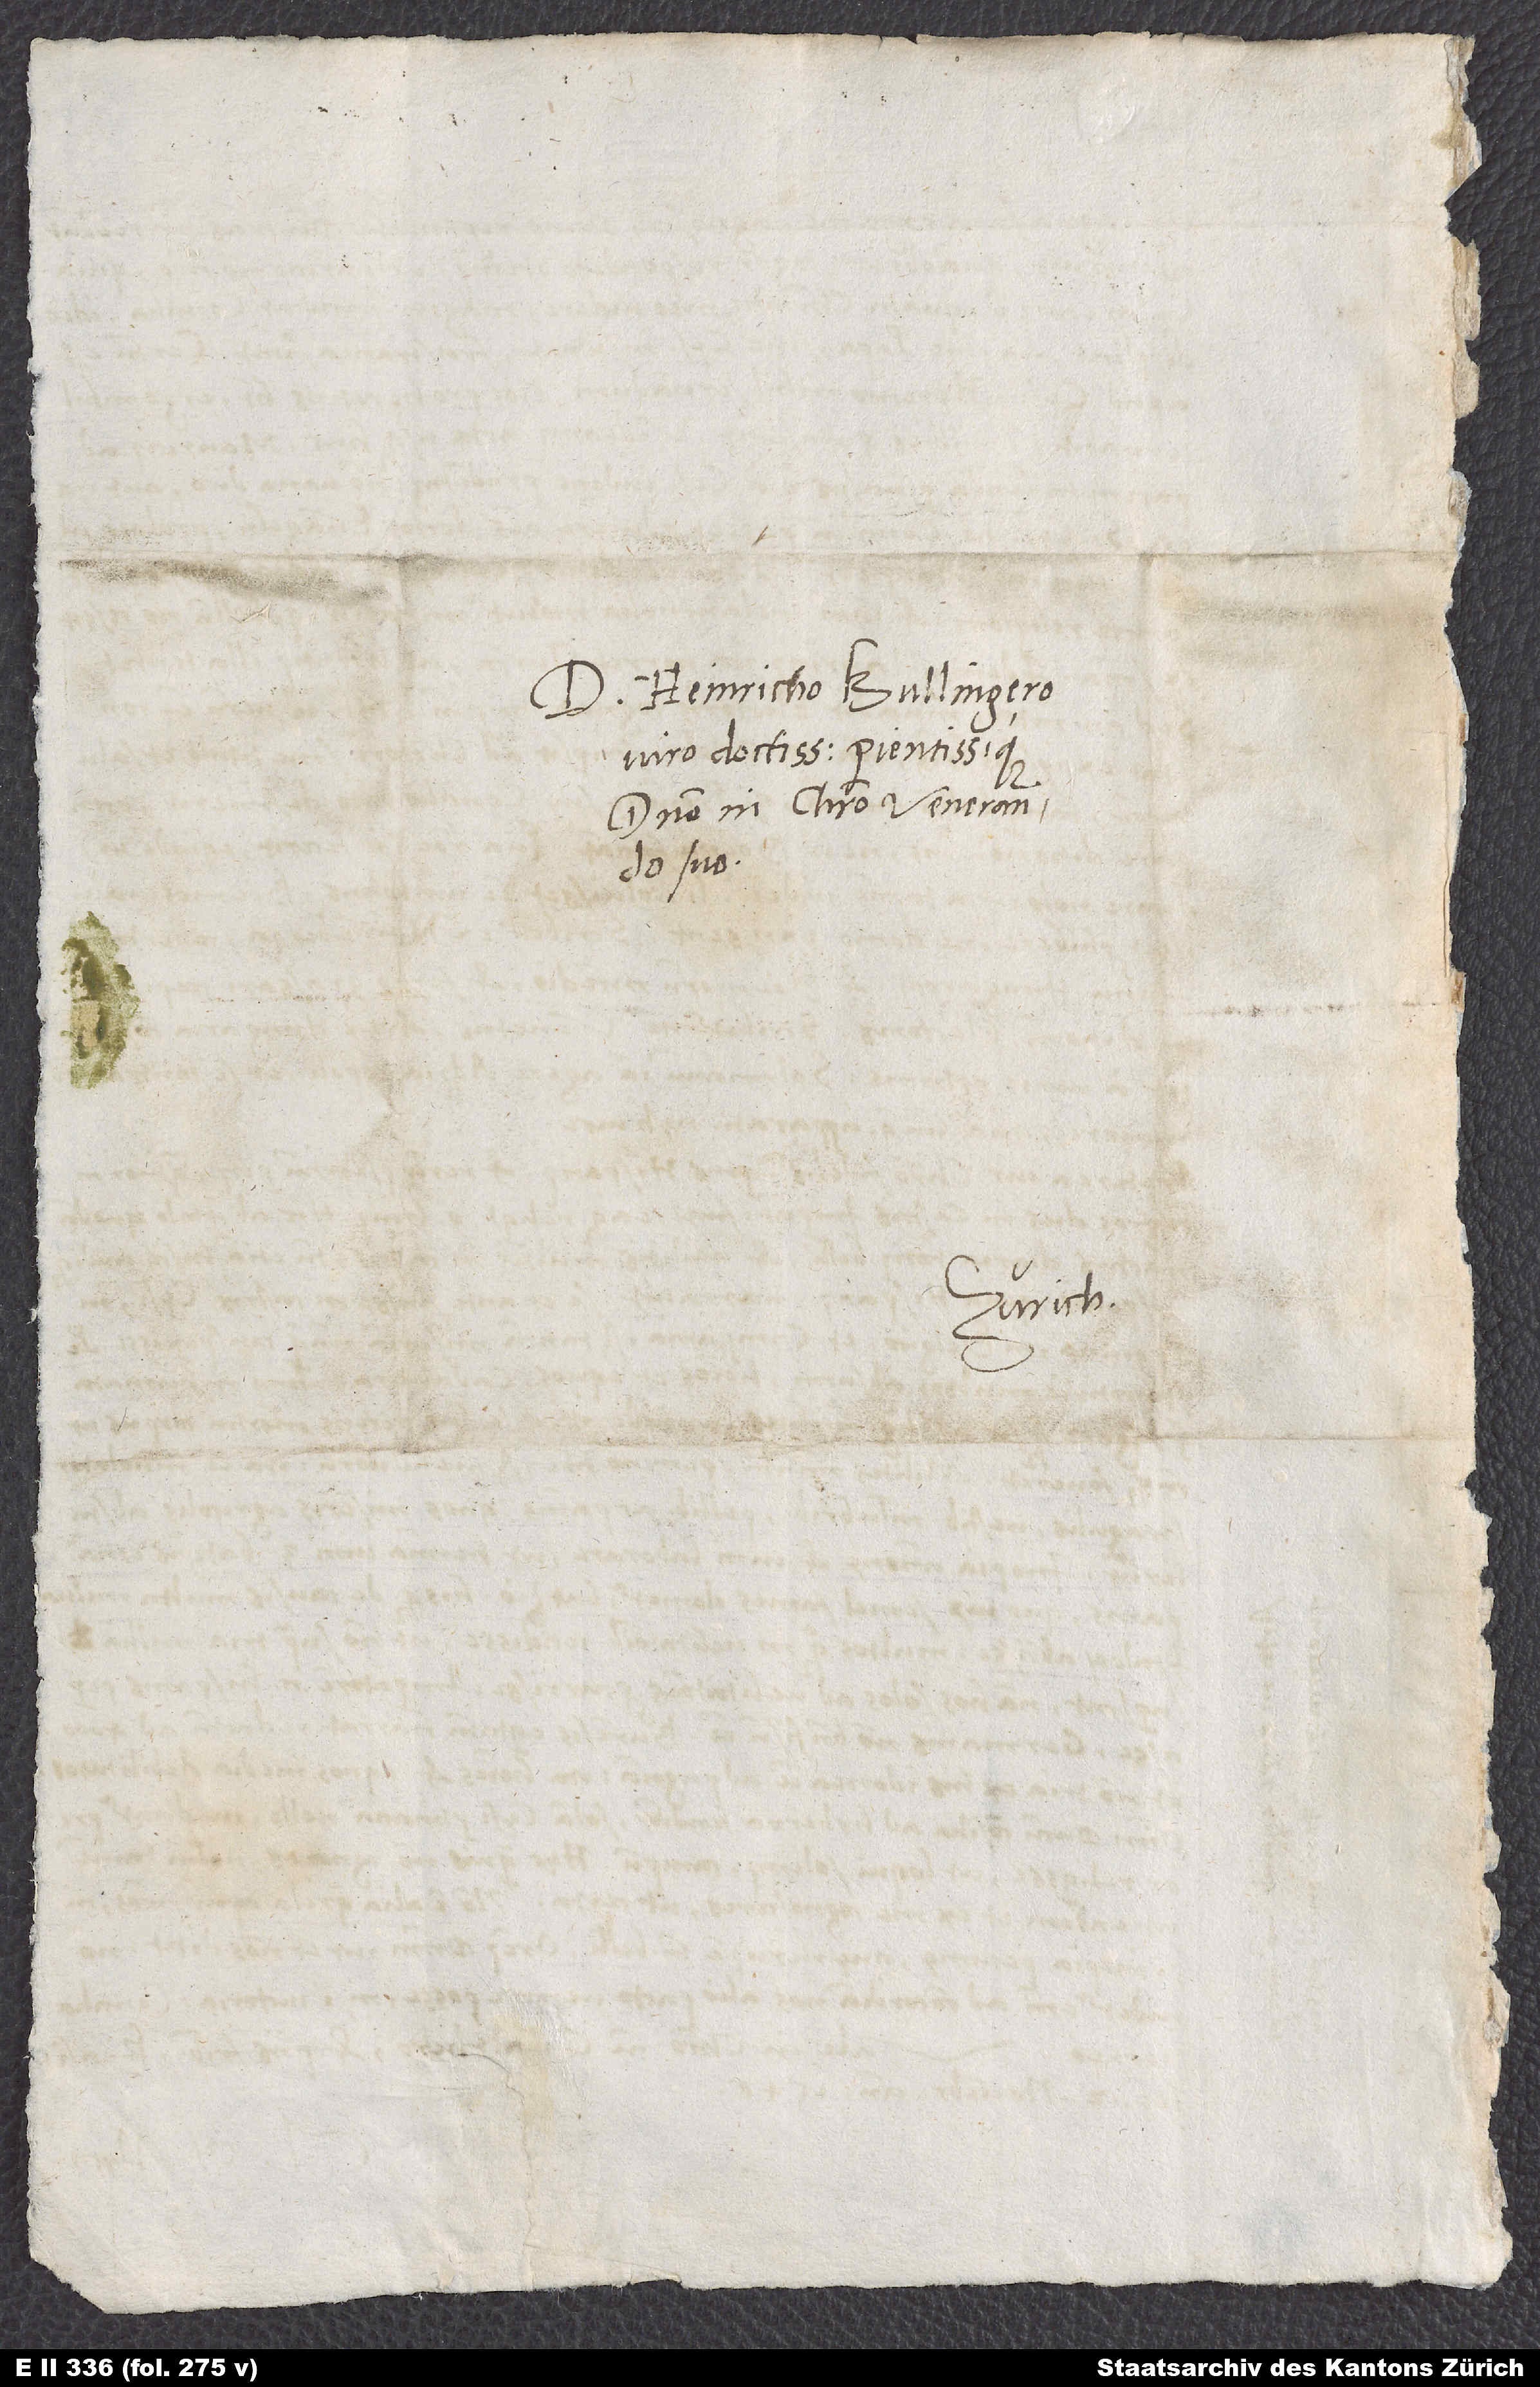
D. Heinricho Bullingero,
viro doctissimo pientissimoque,
domino in Christo venerando
suo.
Zurich.